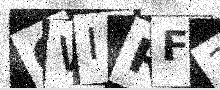
Text: GWIRF3